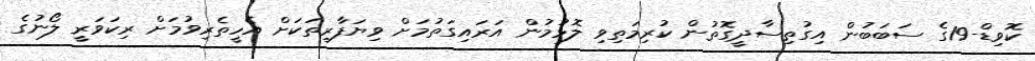
ކޮވިޑް-19ގެ ސަބަބުން އިގުތިިސާދީގޮތުން ކުރިމަތިވި ލޮޅުމުން އަރައިގަތުމަށް ވިޔަފާރިތަކަށް އެހީތެރިވުމަށް ރިކަވަރީ ލޯނުގެ